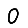
Digit: 0